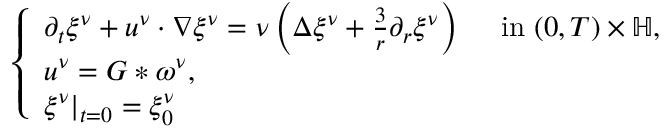
\begin{array} { r } { \left\{ \begin{array} { l l } { \partial _ { t } \xi ^ { \nu } + u ^ { \nu } \cdot \nabla \xi ^ { \nu } = \nu \left( \Delta \xi ^ { \nu } + \frac { 3 } { r } \partial _ { r } \xi ^ { \nu } \right) \quad \mathrm { ~ i n ~ } ( 0 , T ) \times \mathbb { H } , } \\ { u ^ { \nu } = G \ast \omega ^ { \nu } , } \\ { \xi ^ { \nu } | _ { t = 0 } = \xi _ { 0 } ^ { \nu } } \end{array} \right. } \end{array}